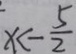
x < - \frac { 5 } { 2 }